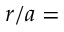
r / a =